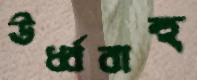
ঊর্ধ্ববাহু